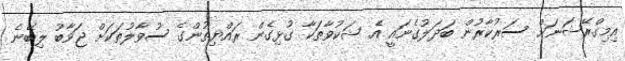
އިމިގްރޭޝަނަށް ސަރުކާރުން ބަދަލުގެނައީ އެ ޝަކުވާތަކާ ގުޅިގެން ރައްޔިތުންގެ ސުވާލުތަކަށް ޖަވާބު ލިބޭނެ